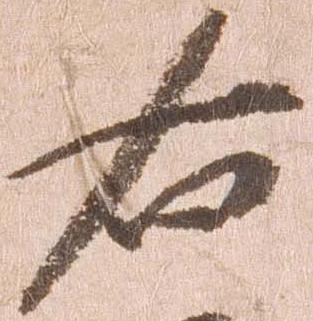
右